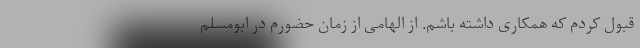
قبول کردم که همکاری داشته باشم. از الهامی از زمان حضورم در ابومسلم